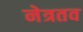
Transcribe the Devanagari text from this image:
नेत्रतव